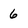
Character: 6